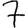
Digit: 7